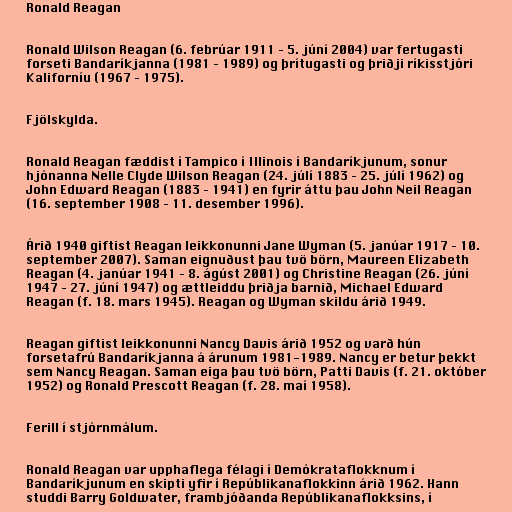
Ronald Reagan

Ronald Wilson Reagan (6. febrúar 1911 – 5. júní 2004) var fertugasti
forseti Bandaríkjanna (1981 – 1989) og þrítugasti og þriðji ríkisstjóri
Kaliforníu (1967 – 1975).

Fjölskylda.

Ronald Reagan fæddist í Tampico í Illinois í Bandaríkjunum, sonur
hjónanna Nelle Clyde Wilson Reagan (24. júlí 1883 – 25. júlí 1962) og
John Edward Reagan (1883 – 1941) en fyrir áttu þau John Neil Reagan
(16. september 1908 – 11. desember 1996).

Árið 1940 giftist Reagan leikkonunni Jane Wyman (5. janúar 1917 – 10.
september 2007). Saman eignuðust þau tvö börn, Maureen Elizabeth
Reagan (4. janúar 1941 – 8. ágúst 2001) og Christine Reagan (26. júní
1947 – 27. júní 1947) og ættleiddu þriðja barnið, Michael Edward
Reagan (f. 18. mars 1945). Reagan og Wyman skildu árið 1949.

Reagan giftist leikkonunni Nancy Davis árið 1952 og varð hún
forsetafrú Bandaríkjanna á árunum 1981-1989. Nancy er betur þekkt
sem Nancy Reagan. Saman eiga þau tvö börn, Patti Davis (f. 21. október
1952) og Ronald Prescott Reagan (f. 28. maí 1958).

Ferill í stjórnmálum.

Ronald Reagan var upphaflega félagi í Demókrataflokknum í
Bandaríkjunum en skipti yfir í Repúblikanaflokkinn árið 1962. Hann
studdi Barry Goldwater, frambjóðanda Repúblikanaflokksins, í